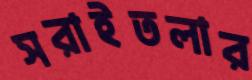
সরাইতলার